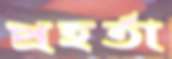
প্রহর্তা